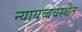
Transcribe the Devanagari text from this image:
न्यायव्ववस्थेत